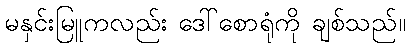
မနှင်းမြူကလည်း ဒေါ်စောရုံကို ချစ်သည်။